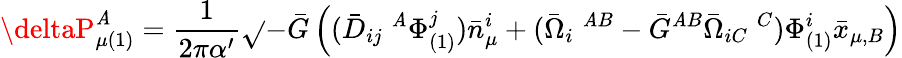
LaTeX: \deltaP_{\mu(1)}^{\mathit{A}}=\frac{{1}}{{2\pi\alpha^{\prime}}}\sqrt{}{{-\bar{{G}}}}\left((\bar{{D}}_{ij}\; ^{\mathit{A}}\Phi_{(1)}^{j})\bar{{n}}_{\mu}^{i}+(\bar{{\Omega}}_{i}\; ^{\mathit{A}B}-\bar{{G}}^{\mathit{A}B}\bar{{\Omega}}_{iC}\; ^{C})\Phi_{(1)}^{i}\bar{{x}}_{\mu,B}\right)